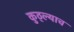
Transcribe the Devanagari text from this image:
कुठ्ल्याच